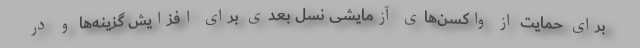
برای حمایت از واکسن‌های آزمایشی نسل بعدی برای افزایش گزینه‌ها و در